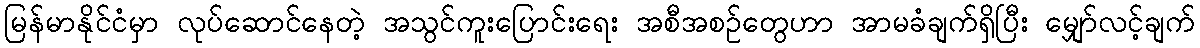
မြန်မာနိုင်ငံမှာ လုပ်ဆောင်နေတဲ့ အသွင်ကူးပြောင်းရေး အစီအစဉ်တွေဟာ အာမခံချက်ရှိပြီး မျှော်လင့်ချက်